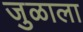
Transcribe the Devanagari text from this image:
जुळाला